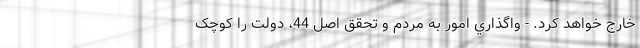
خارج خواهد کرد. - واگذاري امور به مردم و تحقق اصل 44، دولت را کوچک‌